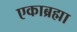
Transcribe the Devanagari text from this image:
एकाब्रह्मा